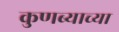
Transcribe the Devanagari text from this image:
कुणब्याच्या